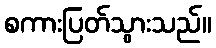
စကားပြတ်သွားသည်။